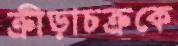
ক্রীড়াচক্রকে